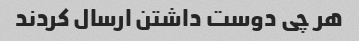
هر چی دوست داشتن ارسال کردند